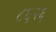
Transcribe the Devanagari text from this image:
८६२६